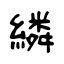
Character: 繗